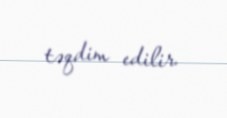
təqdim edilir.